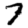
Digit: 7